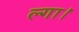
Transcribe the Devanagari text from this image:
ल्गा।